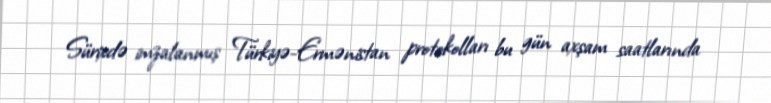
Sürixdə imzalanmış Türkiyə-Ermənistan protokolları bu gün axşam saatlarında